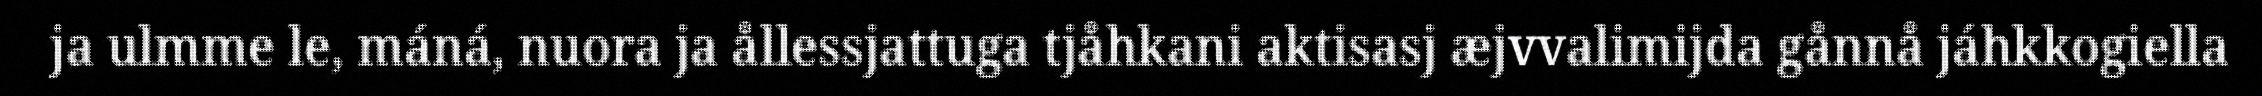
ja ulmme le, máná, nuora ja ållessjattuga tjåhkani aktisasj æjvvalimijda gånnå jáhkkogiella